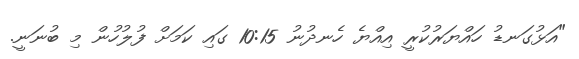
"އަޅުގަނޑު ހައްޔަރުކުރީ އިއްޔެ ހެނދުނު 10:15 ގައި ކަމަށް ފުލުހުން މި ބުނަނީ.